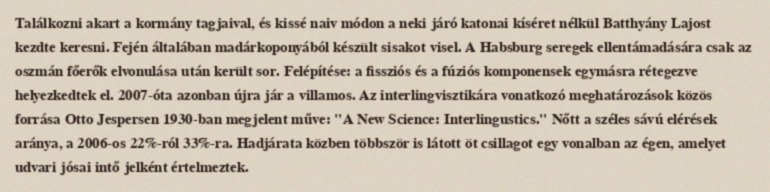
Találkozni akart a kormány tagjaival, és kissé naiv módon a neki járó katonai kíséret nélkül Batthyány Lajost kezdte keresni. Fején általában madárkoponyából készült sisakot visel. A Habsburg seregek ellentámadására csak az oszmán főerők elvonulása után került sor. Felépítése: a fissziós és a fúziós komponensek egymásra rétegezve helyezkedtek el. 2007-óta azonban újra jár a villamos. Az interlingvisztikára vonatkozó meghatározások közös forrása Otto Jespersen 1930-ban megjelent műve: "A New Science: Interlingustics." Nőtt a széles sávú elérések aránya, a 2006-os 22%-ról 33%-ra. Hadjárata közben többször is látott öt csillagot egy vonalban az égen, amelyet udvari jósai intő jelként értelmeztek.